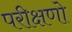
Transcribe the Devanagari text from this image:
परीक्षणो